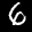
Label: 6